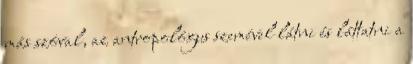
más szóval, az antropológus szemével látni és láttatni a